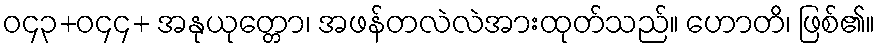
ဝ၄၃+ဝ၄၄+ အနုယုတ္တော၊ အဖန်တလဲလဲအားထုတ်သည်။ ဟောတိ၊ ဖြစ်၏။